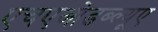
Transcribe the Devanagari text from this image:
एचएओडब्ल्यूए